Leaving Certificate Examination (including Day School Certificate (Higher) General paper), 1932
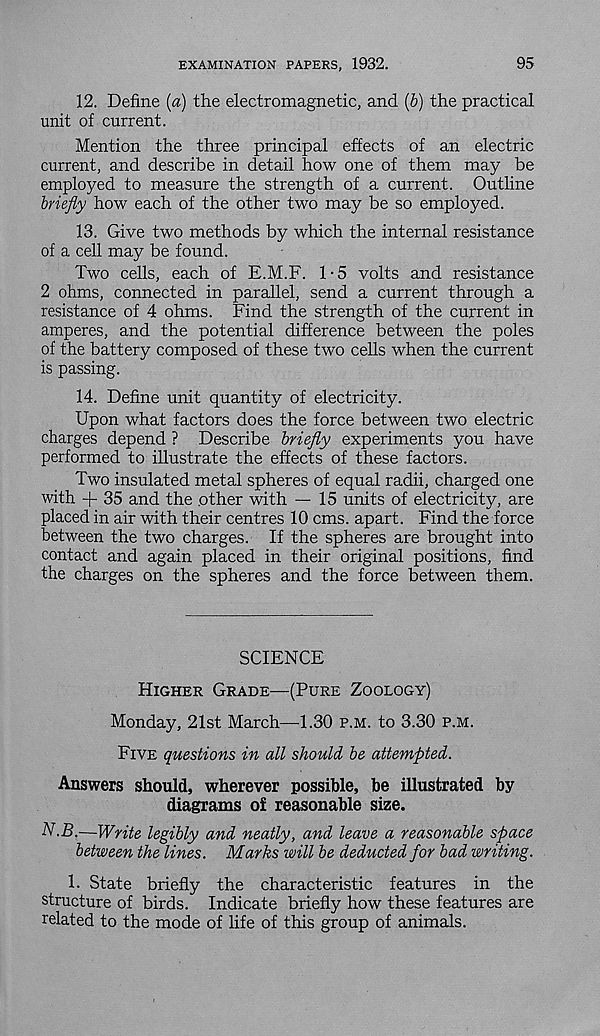
EXAMINATION PAPERS, 1932.
95
12. Define {a) the electromagnetic, and (6) the practical
unit of current.
Mention the three principal effects of an electric
current, and describe in detail how one of them may be
employed to measure the strength of a current. Outline
briefly how each of the other two may be so employed.
13. Give two methods by which the internal resistance
of a cell may be found.
Two cells, each of E.M.F. 1-5 volts and resistance
2 ohms, connected in parallel, send a current through a
resistance of 4 ohms. Find the strength of the current in
amperes, and the potential difference between the poles
of the battery composed of these two cells when the current
is passing.
14. Define unit quantity of electricity.
Upon what factors does the force between two electric
charges depend ? Describe briefly experiments you have
performed to illustrate the effects of these factors.
Two insulated metal spheres of equal radii, charged one
with + 35 and the other with — 15 units of electricity, are
placed in air with their centres 10 cms. apart. Find the force
between the two charges. If the spheres are brought into
contact and again placed in their original positions, find
the charges on the spheres and the force between them.
SCIENCE
Higher Grade—(Pure Zoology)
Monday, 21st March—1.30 p.m. to 3.30 p.m.
Five questions in all should be attempted.
Answers should, wherever possible, be illustrated by
diagrams of reasonable size.
N-B.—Write legibly and neatly, and leave a reasonable space
between the lines. Marks will be deducted for bad writing.
1. State briefly the characteristic features in the
structure of birds. Indicate briefly how these features are
related to the mode of life of this group of animals.